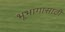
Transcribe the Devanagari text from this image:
भूभागासाठी